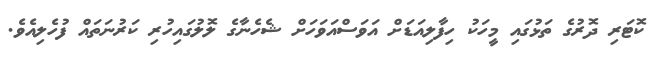
ކޮޓަރި ދޮރުގެ ތަޅުގައި މީހަކު ހިފާލިއަޑަށް އަވަސްއަވަހަށް ޝެހެނާގެ ލޮލުގައިހުރި ކަރުނަތައް ފުހެލިއެވެ.